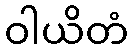
ဝါယိတံ